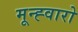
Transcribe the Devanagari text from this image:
मून्ह्वारो